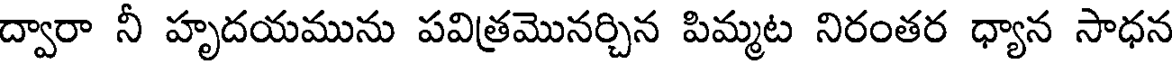
ద్వారా నీ హృదయమును పవిత్రమొనర్చిన పిమ్మట నిరంతర ధ్యాన సాధన